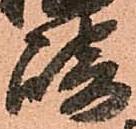
埼